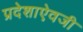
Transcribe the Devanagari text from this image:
प्रदेशाऐवजी